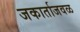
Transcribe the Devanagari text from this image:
जकार्ताजवळ